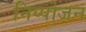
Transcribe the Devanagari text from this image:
निप्‍पोजन